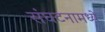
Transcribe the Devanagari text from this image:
संघटनामध्ये